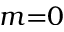
m { = } 0